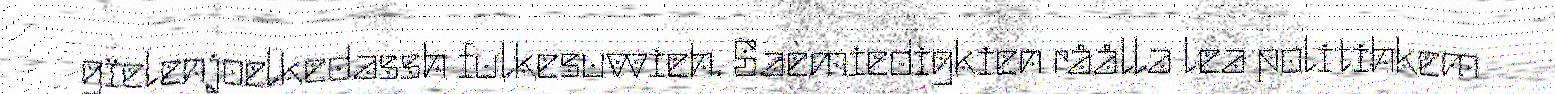
gïelenjoelkedassh fulkesuvvieh. Saemiedigkien råålla lea politihkem